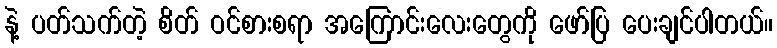
နဲ့ ပတ်သက်တဲ့ စိတ် ဝင်စားစရာ အကြောင်းလေးတွေကို ဖော်ပြ ပေးချင်ပါတယ်။